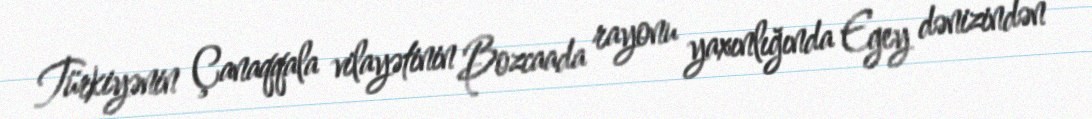
Türkiyənin Çanaqqala vilayətinin Bozcaada rayonu yaxınlığında Egey dənizindən